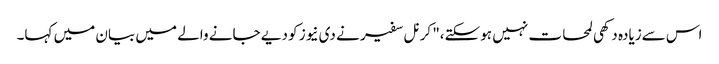
اس سےزیادہ دکھی لمحات نہیں ہوسکتے،" کرنل سفیر نے دی نیوز کو دیے جانے والے میں بیان میں کہا۔